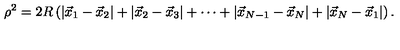
\rho ^ { 2 } = 2 R \left( | \vec { x } _ { 1 } - \vec { x } _ { 2 } | + | \vec { x } _ { 2 } - \vec { x } _ { 3 } | + \cdots + | \vec { x } _ { N - 1 } - \vec { x } _ { N } | + | \vec { x } _ { N } - \vec { x } _ { 1 } | \right) .